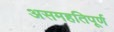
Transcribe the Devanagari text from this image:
असमहतिपूर्ण